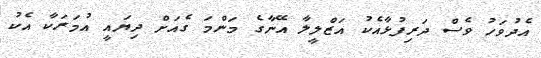
އެދުވަހު ވެސް ދަރިފުޅާއެކު އަޒްލީލާ އޭނާގެ މަންމަ ގެއަށް ދިޔައީ އުމަރަކާ އެކު